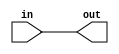
module Pintest (
    input in,
    output reg out
);

    always @(*)
        out = in;

endmodule